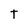
Character: T